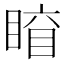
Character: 𥈛